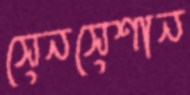
সেনসেশান